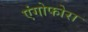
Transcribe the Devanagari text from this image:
एंगोफोरा